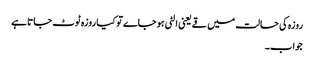
روزہ کی حالت میں قے یعنی الٹی ہوجاے تو کیا روزہ ٹوٹ جاتا ہے
جواب۔